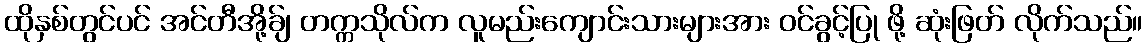
ထိုနှစ်တွင်ပင် အင်တီအို့ခ်ျ တက္ကသိုလ်က လူမည်းကျောင်းသားများအား ဝင်ခွင့်ပြု ဖို့ ဆုံးဖြတ် လိုက်သည်။